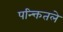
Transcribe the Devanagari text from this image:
पन्क्तितले